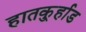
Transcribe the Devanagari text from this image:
हातकु्र्हाड